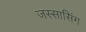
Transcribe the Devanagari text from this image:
जस्सासिंग